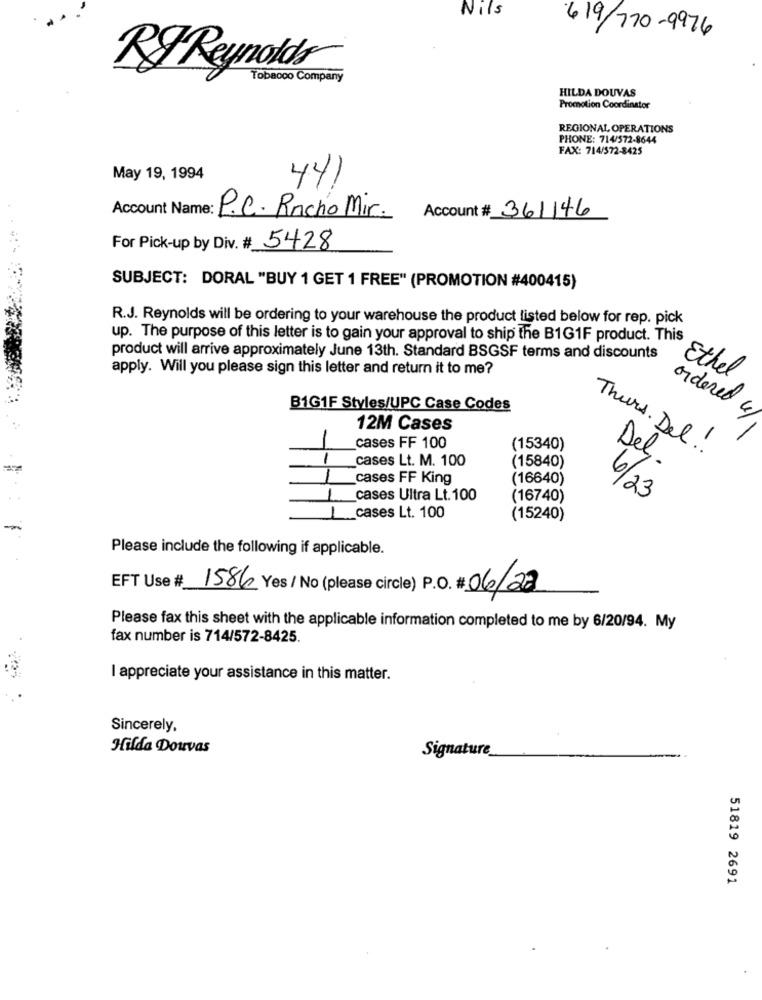
Nils
619/770-9976
RF Reynolds
Tobacco Company
HILDA DOUVAS
Promotion Coordinator
REGIONAL OPERATIONS
PHONE: 714/572-8644
FAX: 714/572-8425
May 19, 1994
44,
Account Name: P.C. Racho Mir.
Account # 361146
For Pick-up by Div. # 5428
SUBJECT: DORAL "BUY 1 GET 1 FREE" (PROMOTION #400415)
R.J. Reynolds will be ordering to your warehouse the product listed below for rep. pick
up. The purpose of this letter is to gain your approval to ship the B1G1F product. This
product will arrive approximately June 13th. Standard BSGSF terms and discounts
apply. Will you please sign this letter and return it to me?
Ethel
B1G1F Styles/UPC Case Codes
ordered &
12M Cases
cases FF 100
(15340)
Thurs . Del !
1
cases Lt. M. 100
(15840)
Del.
cases FF King
(16640)
cases Ultra Lt. 100
(16740)
6/23
1
cases Lt. 100
(15240)
Please include the following if applicable.
EFT Use # 1586 Yes/ No (please circle) P.O. # 06/22
Please fax this sheet with the applicable information completed to me by 6/20/94. My
fax number is 714/572-8425.
I appreciate your assistance in this matter.
Sincerely,
Hilda Douvas
Signature
51819 2691